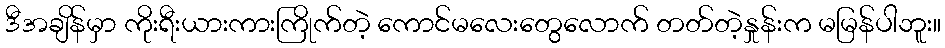
ဒီအချိန်မှာ ကိုးရီးယားကားကြိုက်တဲ့ ကောင်မလေးတွေလောက် တတ်တဲ့နှုန်းက မမြန်ပါဘူး။